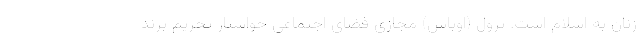
زنان به اسلام است. ترول (اوباش) مجازی فضای اجتماعی خواستار تحریم برند